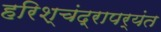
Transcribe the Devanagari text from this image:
हरिश्चंद्रापर्यंत